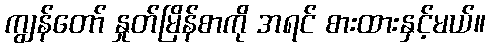
ကျွန်တော် နှုတ်မြိန်စာကို အရင် စားထားနှင့်မယ်။